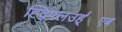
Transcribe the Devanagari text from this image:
ह्द्फ्लिउह्॑एब